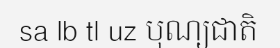
sa lb tl uz បុណ្យជាតិ